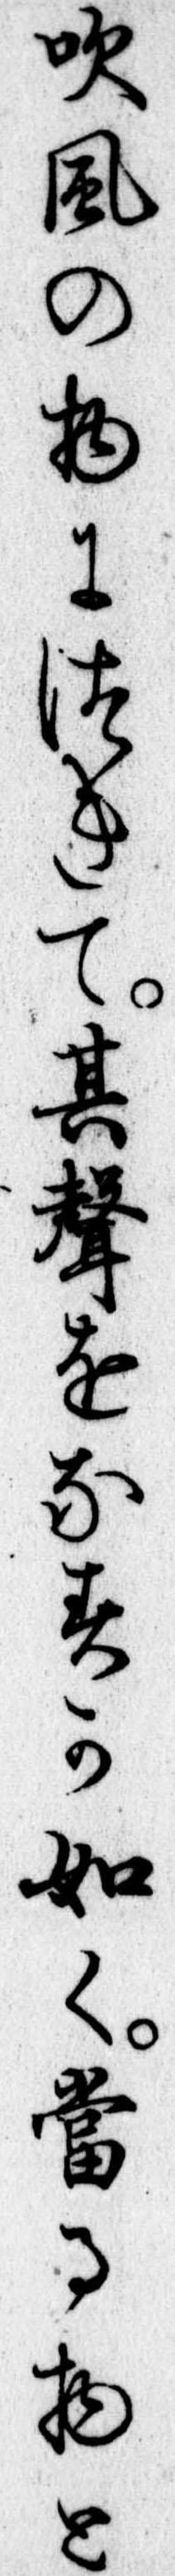
吹風の物につきて其声をなすか如く当る物と